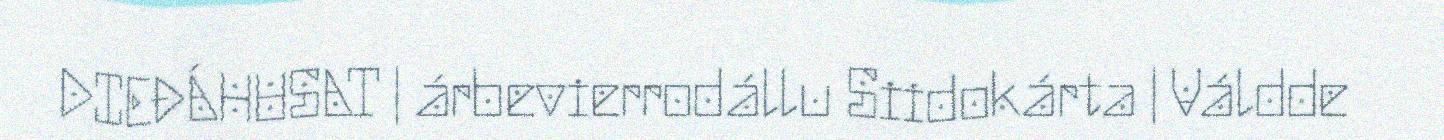
DIEĐÁHUSAT | árbevierrodállu Siidokárta | Váldde